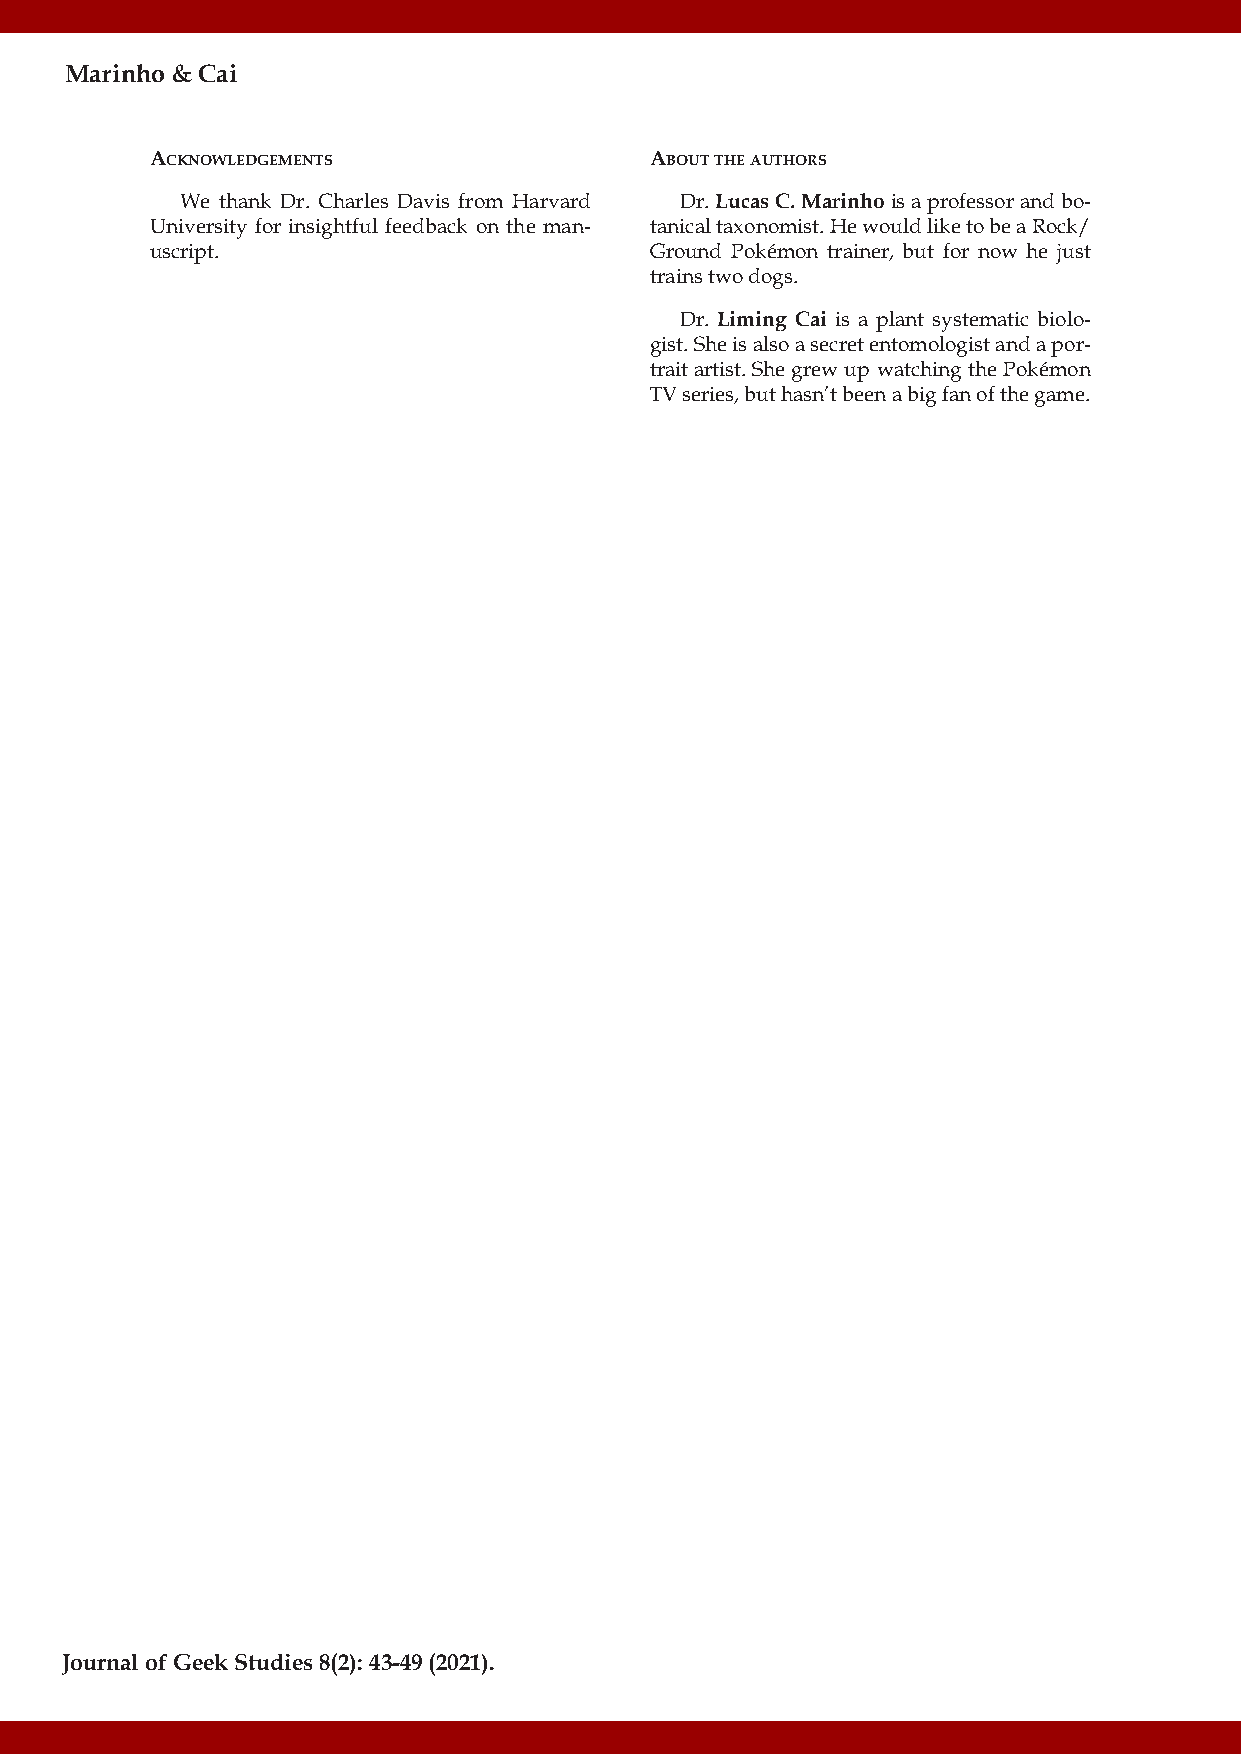
Marinho & Cai
 Acknowledgements                 About the Authors
 We thank Dr. Charles Davis from Harvard Dr. Lucas C. Marinho is a professor and bo-
 University for insightful feedback on the man- tanical taxonomist. He would like to be a Rock/
 uscript.                         Ground Pokémon trainer, but for now he just
 trains two dogs.
 Dr. Liming Cai is a plant systematic biolo-
 gist. She is also a secret entomologist and a por-
 trait artist. She grew up watching the Pokémon
 TV series, but hasn’t been a big fan of the game.
 Journal of Geek Studies 8(2): 43-49 (2021).